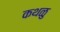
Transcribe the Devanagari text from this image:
कथळु